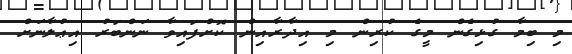
މި ބިމާ ގުޅިގެން މީގެ ކުރިން މި އިދާރާއިން ކޮށްފައިވާ ނަންބަރު އިޢުލާނަށް